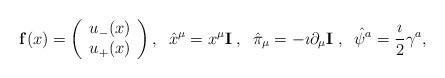
LaTeX: \begin{align*}{\bf f}(x)=\left(\begin{array}{c}u_-(x)\\u_+(x)\end{array}\right),\;\;\hat{x}^\mu=x^\mu{\bf I}\;,\;\; \hat{\pi}_\mu=-\imath\partial_\mu{\bf I}\;,\;\; \hat{\psi}^a=\frac{\imath}{2}\gamma^a,\end{align*}